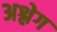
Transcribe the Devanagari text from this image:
अश्लेग